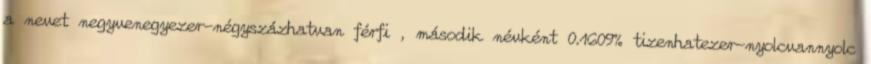
a nevet negyvenegyezer-négyszázhatvan férfi , második névként 0.1609% tizenhatezer-nyolcvannyolc